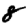
Digit: 8